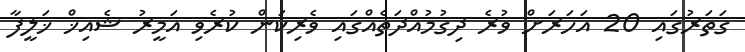
ގަތަރުގައި 20 އަހަރަށް ވުރެ ދިގުމުއްދަތެއްގައި ވެރިކަން ކުރެވި އަމީރު ޝެއިޚް ޚަލީފާ